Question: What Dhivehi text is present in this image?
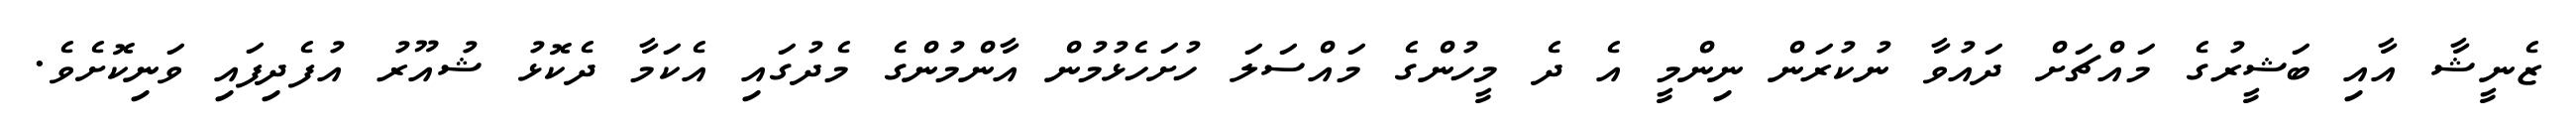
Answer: ޒެނީޝާ އާއި ބަޝީރުގެ މައްޗަށް ދައުވާ ނުކުރަން ނިންމީ އެ ދެ މީހުންގެ މައްސަލަ ހުށަހެޅުމުން އާންމުންގެ މެދުގައި އެކަމާ ދެކޮޅު ޝުއޫރު އުފެދިފައި ވަނިކޮށެވެ.